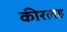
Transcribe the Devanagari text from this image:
कीरलह